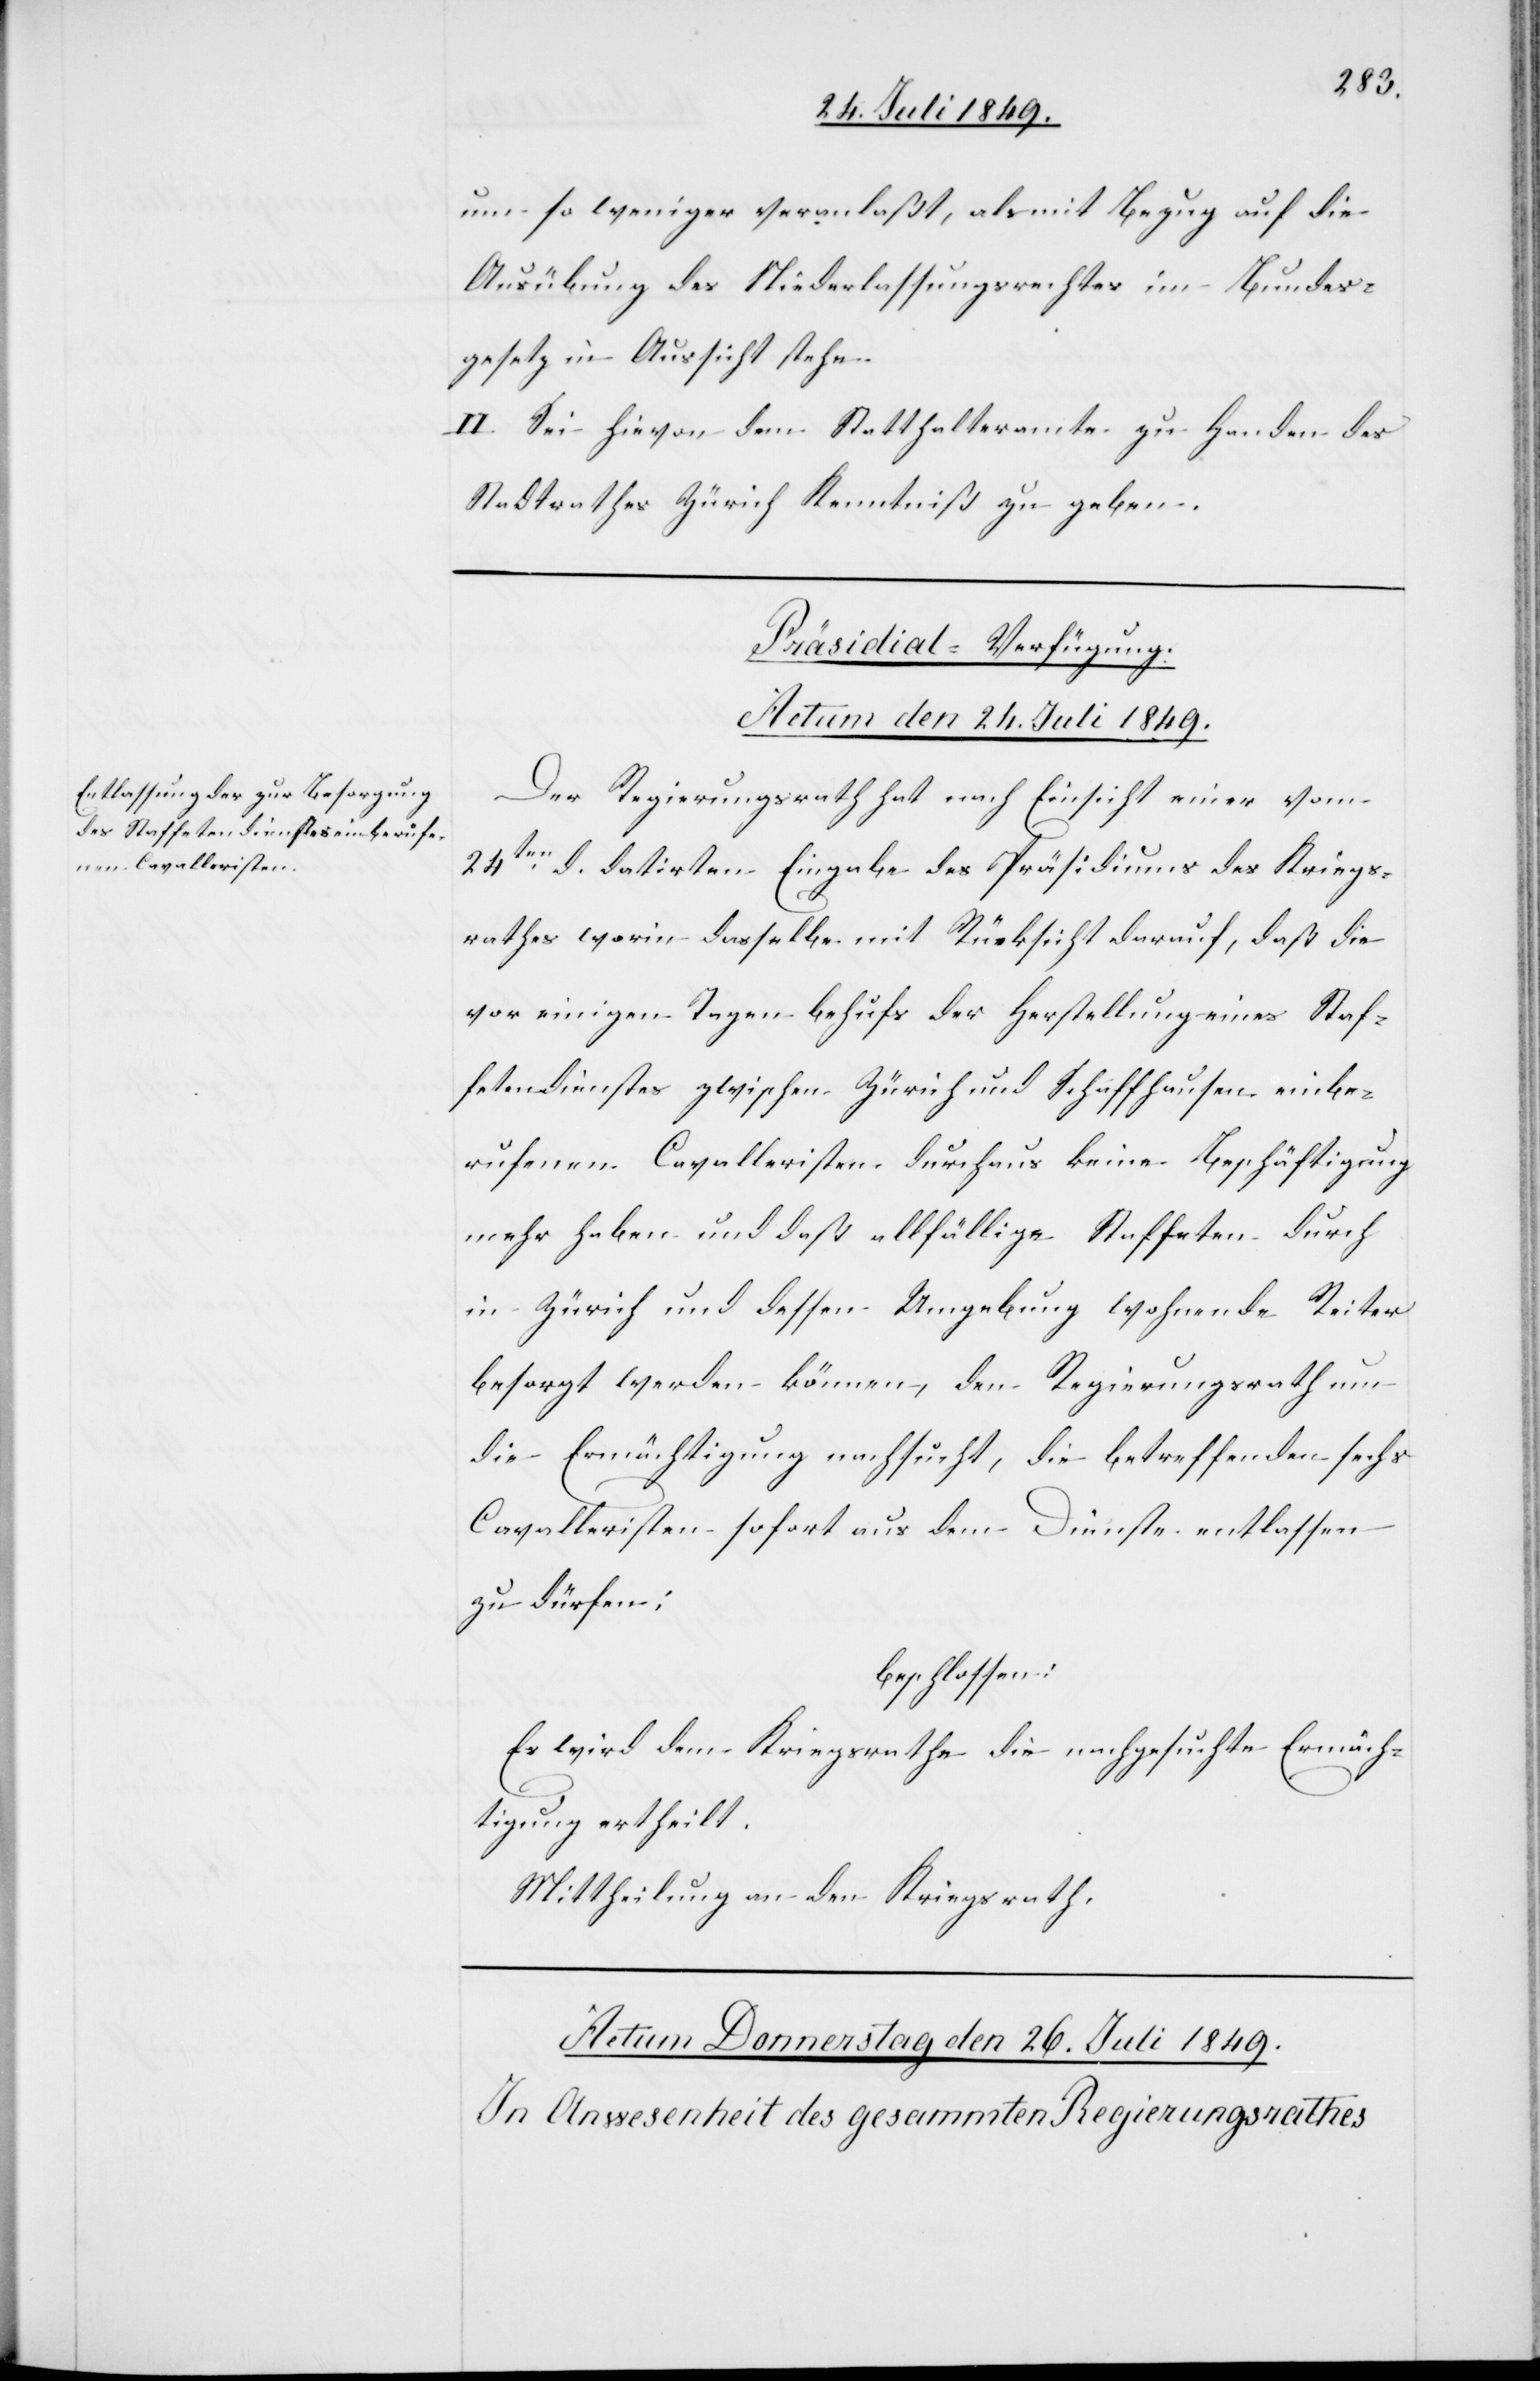
um so weniger veranlaßt, als mit Bezug auf die
Ausübung des Niederlassungsrechtes im Bundes¬
gesetz in Aussicht stehe.
II. Sei hievon dem Statthalteramte zu Handen des
Stadtrathes Zürich Kenntniß zu geben.
Präsidial-Verfügung.
Actum den 24. Juli 1849.
Der Regierungsrath hat nach Einsicht einer vom
24ten d. datirten Eingabe des Präsidiums des Kriegs¬
rathes worin dasselbe mit Rücksicht darauf, daß die
vor einigen Tagen behufs der Herstellung eines Staf¬
fetendienstes zwischen Zürich und Schaffhausen einbe¬
rufenen Cavalleristen durchaus keine Beschäftigung
mehr haben und daß allfällige Staffeten durch
in Zürich und dessen Umgebung wohnende Reiter
besorgt werden können, den Regierungsrath um
die Ermächtigung nachsucht, die betreffenden sechs
Cavalleristen sofort aus dem Dienste erlassen
zu dürfen:
beschlossen:
Es wird dem Kriegsrathe die nachgesuchte Ermäch¬
tigung ertheilt.
Mittheilung an den Kriegsrath.